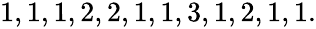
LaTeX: \begin{array}{r}{1,1,1,2,2,1,1,3,1,2,1,1.}\end{array}